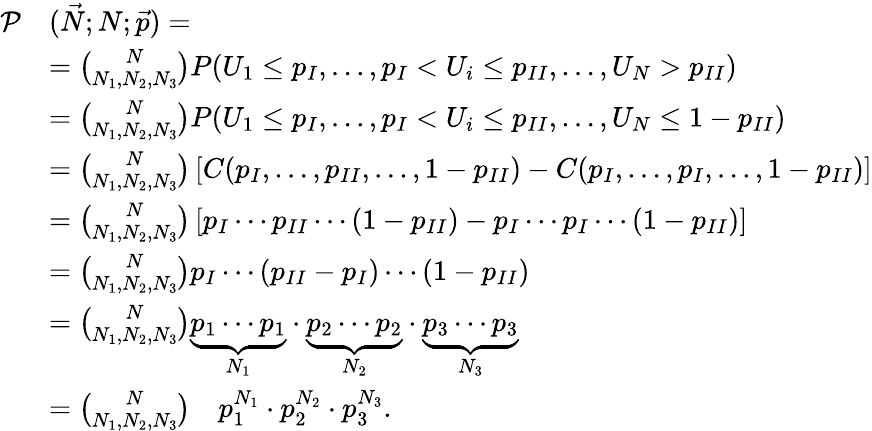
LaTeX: \begin{array}{rl}{\mathcal{P}}&{(\vec{N};N;\vec{p})=}\\ &{=\binom{N}{N_{1},N_{2},N_{3}}P(U_{1}\leq p_{I},\dotsc,p_{I}<U_{i}\leq p_{II},\dotsc,U_{N}>p_{II})}\\ &{=\binom{N}{N_{1},N_{2},N_{3}}P(U_{1}\leq p_{I},\dotsc,p_{I}<U_{i}\leq p_{II},\dotsc,U_{N}\leq 1-p_{II})}\\ &{=\binom{N}{N_{1},N_{2},N_{3}}\left[C(p_{I},\dotsc,p_{II},\dotsc,1-p_{II})-C(p_{I},\dotsc,p_{I},\dotsc,1-p_{II})\right]}\\ &{=\binom{N}{N_{1},N_{2},N_{3}}\left[p_{I}\dotsm p_{II}\dotsm(1-p_{II})-p_{I}\dotsm p_{I}\dotsm(1-p_{II})\right]}\\ &{=\binom{N}{N_{1},N_{2},N_{3}}p_{I}\dotsm(p_{II}-p_{I})\dotsm(1-p_{II})}\\ &{=\binom{N}{N_{1},N_{2},N_{3}}\underbrace{p_{1}\dotsm p_{1}}_{N_{1}}\cdot\underbrace{p_{2}\dotsm p_{2}}_{N_{2}}\cdot\underbrace{p_{3}\dotsm p_{3}}_{N_{3}}}\\ &{=\binom{N}{N_{1},N_{2},N_{3}}\quad p_{1}^{N_{1}}\cdot p_{2}^{N_{2}}\cdot p_{3}^{N_{3}}.}\end{array}